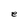
Character: e